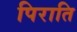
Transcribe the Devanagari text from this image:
पिराति